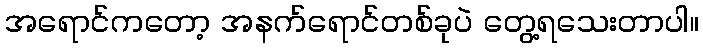
အရောင်ကတော့ အနက်ရောင်တစ်ခုပဲ တွေ့ရသေးတာပါ။